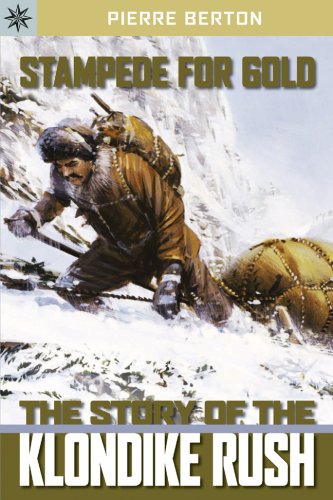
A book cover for Sterling Point BooksÂ®: Stampede for Gold: The Story of the Klondike Rush; Pierre Berton; Children's Books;